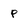
Character: p